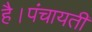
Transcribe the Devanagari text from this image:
है।पंचायती